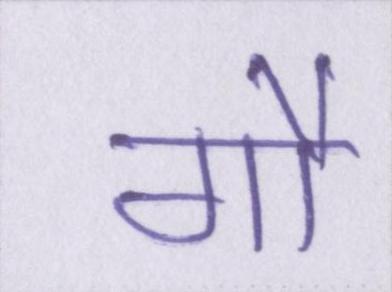
गौ